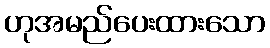
ဟုအမည်ပေးထားသော